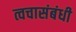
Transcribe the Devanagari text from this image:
त्वचासंबंधी